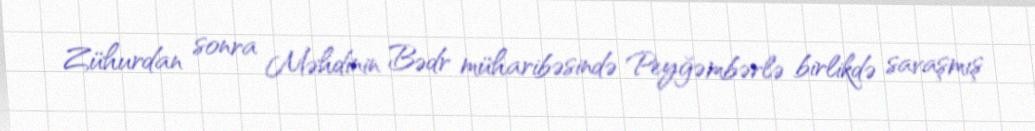
Zühurdan sonra Məhdinin Bədr müharibəsində Peyğəmbərlə birlikdə savaşmış